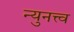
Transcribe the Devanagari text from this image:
न्युनत्त्व